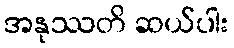
အနုဿတိ ဆယ်ပါး